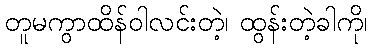
တူမကွာထိန်ဝါလင်းတဲ့၊ ထွန်းတဲ့ခါကို၊